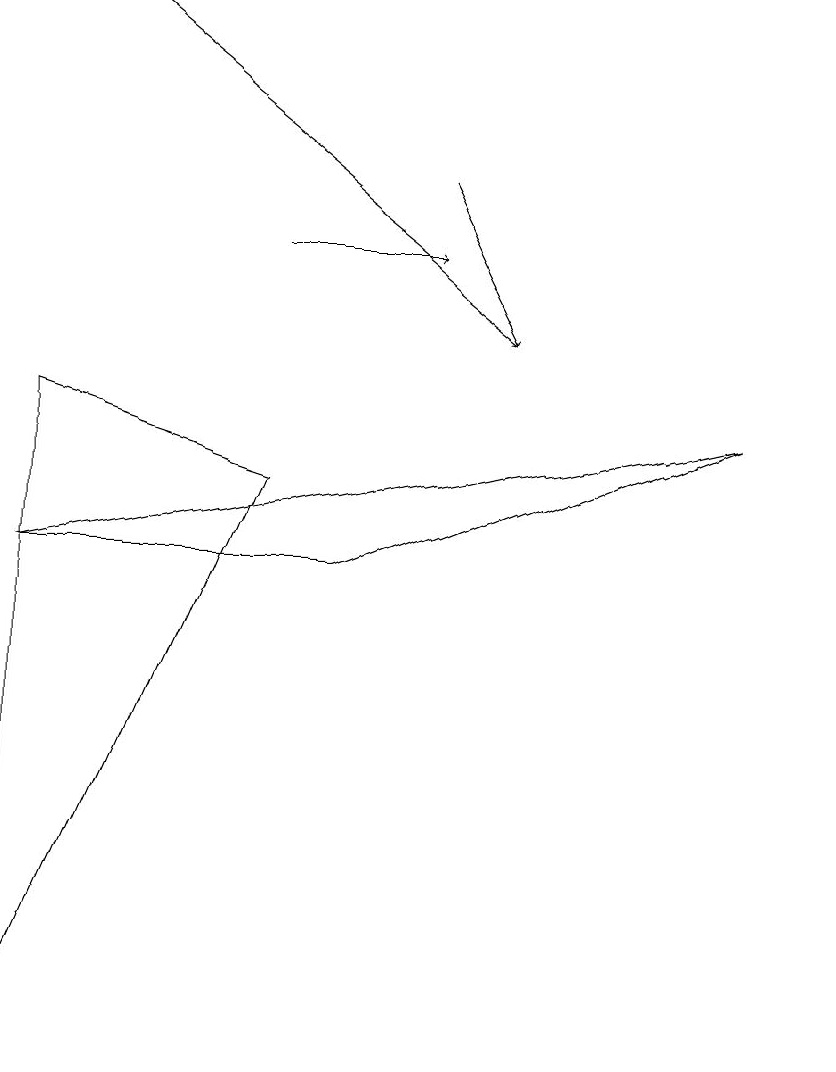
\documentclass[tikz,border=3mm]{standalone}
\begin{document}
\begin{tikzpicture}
\draw[->] (5,12) -- (6,10);
\draw (4,7) -- (9,9) -- (0,7) -- cycle;
\draw (10,11) circle (0);
\draw (0,9) -- (0,1) -- (3,8) -- cycle;
\draw[->] (6,10) -- (1,14);
\draw[->] (3,11) -- (5,11);
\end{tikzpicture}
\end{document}